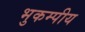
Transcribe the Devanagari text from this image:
भुकम्पीय